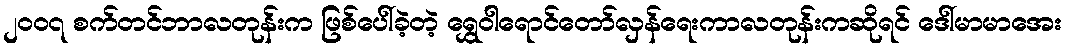
၂၀၀၇ စက်တင်ဘာလတုန်းက ဖြစ်ပေါ်ခဲ့တဲ့ ရွှေဝါရောင်တော်လှန်ရေးကာလတုန်းကဆိုရင် ဒေါ်မာမာအေး